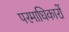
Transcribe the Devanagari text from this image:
परमाधिकारों